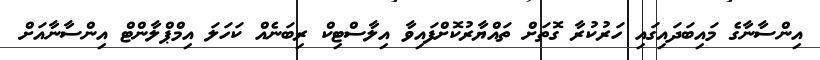
އިންސާނާގެ މައިބަދައިގައި ހަރުކުރާ ގޮތަށް ތައްޔާރުކޮށްފައިވާ އިލާސްޓިކް ރިބަނެއް ކަހަލަ އިމްޕްލާންޓް އިންސާނާއަށް